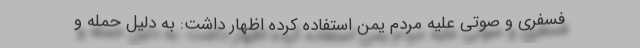
فسفری و صوتی علیه مردم یمن استفاده کرده اظهار داشت: به دلیل حمله و